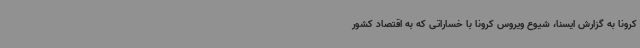
کرونا به گزارش ایسنا، شیوع ویروس کرونا با خساراتی که به اقتصاد کشور